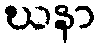
ဃနာ